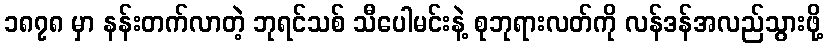
၁၈၇၈ မှာ နန်းတက်လာတဲ့ ဘုရင်သစ် သီပေါမင်းနဲ့ စုဘုရားလတ်ကို လန်ဒန်အလည်သွားဖို့